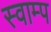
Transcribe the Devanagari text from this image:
स्वाम्प